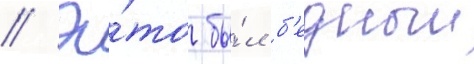
// Э́то бы́л б'едныи